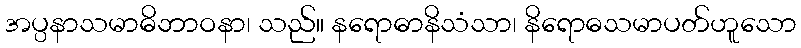
အပ္ပနာသမာဓိဘာဝနာ၊ သည်။ နရောဓာနိသံသာ၊ နိရောဓသမာပတ်ဟူသော